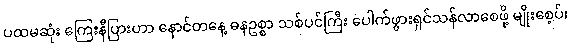
ပထမဆုံး ကြေးနီပြားဟာ နောင်တနေ့ ဓနဥစ္စာ သစ်ပင်ကြီး ပေါက်ဖွားရှင်သန်လာစေဖို့ မျိုးစေ့ပ်၊